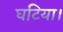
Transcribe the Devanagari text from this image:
घटिया।